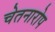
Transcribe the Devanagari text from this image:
चेतनारोप